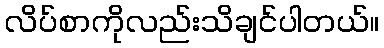
လိပ်စာကိုလည်းသိချင်ပါတယ်။